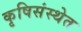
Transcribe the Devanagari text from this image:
कृषिसंस्थेत